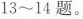
13~14题。